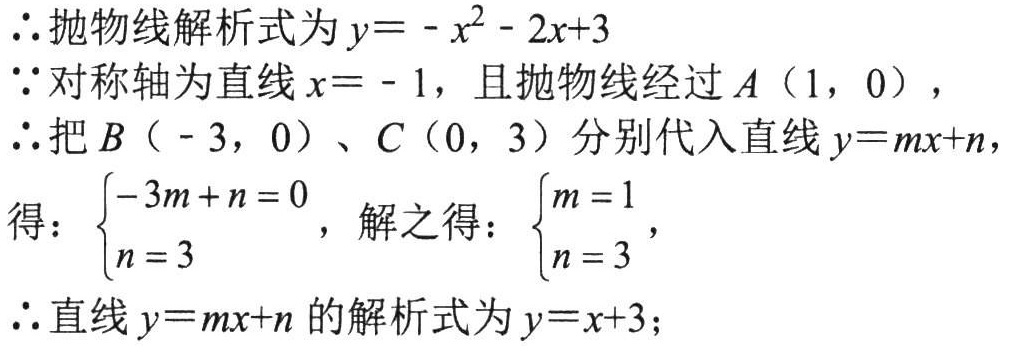
\(\therefore\)抛物线解析式为\(y = -x^{2}-2x + 3\)
\(\because\)对称轴为直线\(x = -1\)，且抛物线经过\(A(1,0)\)，
\(\therefore\)把\(B(-3,0)\)、\(C(0,3)\)分别代入直线\(y = mx + n\)，
得：\(\begin{cases}-3m + n = 0 \\ n = 3\end{cases}\)，解之得：\(\begin{cases}m = 1 \\ n = 3\end{cases}\)，
\(\therefore\)直线\(y = mx + n\)的解析式为\(y = x + 3\)；